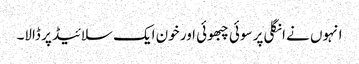
انہوں نے انگلی پر سوئی چبھوئی اور خون ایک سلائیڈ پر ڈالا۔